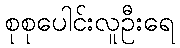
စုစုပေါင်းလူဦးရေ